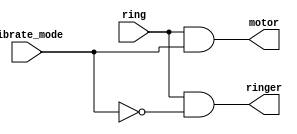
module top_module (
    input ring,
    input vibrate_mode,
    output ringer,       // Make sound
    output motor         // Vibrate
);
    //  ring | vibrate_mode | ringer | Motor
    //   0   |       0      |   0    |   0 
    //   1   |       0      |   1    |   0    
    //   0   |       1      |   0    |   0
    //   1   |       1      |   0    |   1
    
    assign ringer = (ring & ~vibrate_mode);
    
    assign motor = ring & vibrate_mode ;

endmodule